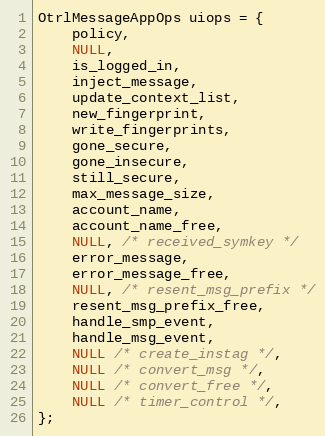
Language: C
OtrlMessageAppOps uiops = {
    policy,
    NULL,
    is_logged_in,
    inject_message,
    update_context_list,
    new_fingerprint,
    write_fingerprints,
    gone_secure,
    gone_insecure,
    still_secure,
    max_message_size,
    account_name,
    account_name_free,
    NULL, /* received_symkey */
    error_message,
    error_message_free,
    NULL, /* resent_msg_prefix */
    resent_msg_prefix_free,
    handle_smp_event,
    handle_msg_event,
    NULL /* create_instag */,
    NULL /* convert_msg */,
    NULL /* convert_free */,
    NULL /* timer_control */,
};